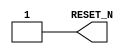
module null_reset_n ( RESET_N );
	output RESET_N;
	assign RESET_N = 1;
endmodule